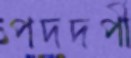
পদদর্পী